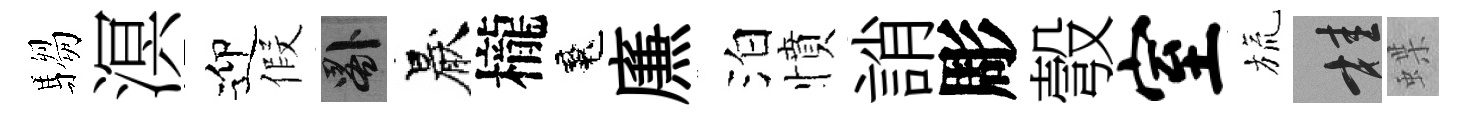
騶溟迎假晷厭櫳魂㢘泊憤誚彫彀室旒桂蝶